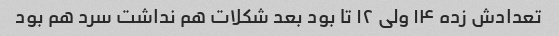
تعدادش زده ۱۴ ولی ۱۲ تا بود بعد شکلات هم نداشت سرد هم بود